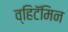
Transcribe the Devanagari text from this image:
व्हिटॅमिन